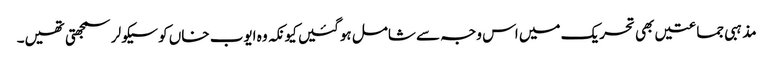
مذہبی جماعتیں بھی تحریک میں اس وجہ سے شامل ہوگئیں کیونکہ وہ ایوب خاں کو سیکولر سمجھتی تھیں۔